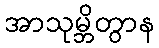
အာသုမ္ဘိတွာန